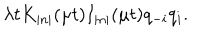
LaTeX: \lambda t K _ { \left| n \right| } ( \mu t ) I _ { \left| n \right| } ( \mu t ) q _ { - i } q _ { i } .